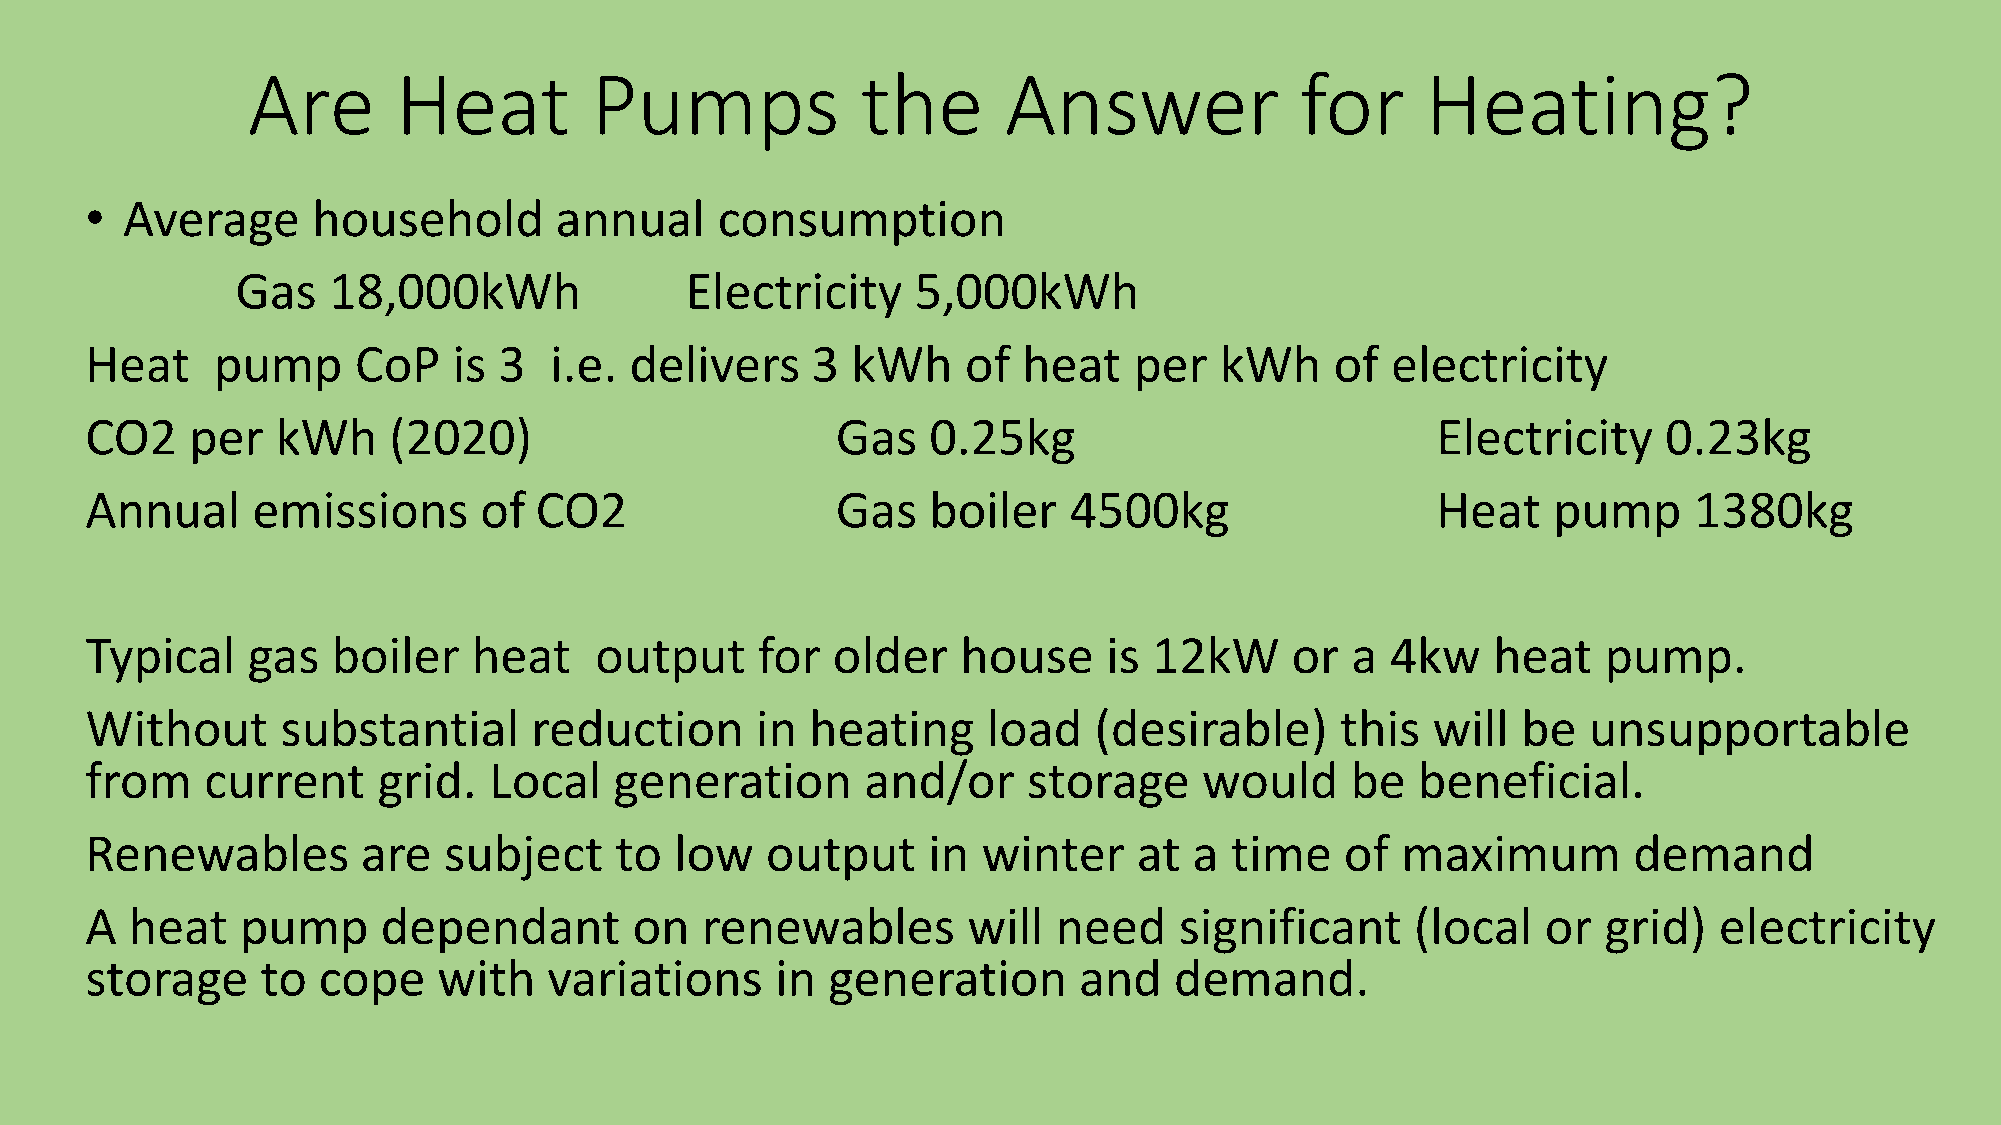
Are       Heat         Pumps             the      Answer              for     Heating?
 • Average      household       annual    consumption
 Gas   18,000kWh              Electricity     5,000kWh
 Heat    pump     CoP    is 3  i.e.  delivers    3 kWh     of  heat   per   kWh    of  electricity
 CO2    per  kWh     (2020)                       Gas    0.25kg                           Electricity    0.23kg
 Annual     emissions      of CO2                 Gas   boiler    4500kg                  Heat    pump     1380kg
 Typical   gas   boiler   heat    output     for  older    house    is 12kW     or  a  4kw    heat   pump.
 Without      substantial     reduction      in  heating    load   (desirable)      this  will  be  unsupportable
 from    current    grid.  Local    generation      and/or     storage     would    be   beneficial.
 Renewables        are  subject     to  low   output    in  winter    at  a time    of  maximum        demand
 A  heat   pump     dependant        on  renewables        will  need    significant     (local  or  grid)   electricity
 storage    to  cope    with   variations     in  generation      and    demand.